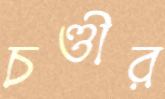
চণ্ডীর